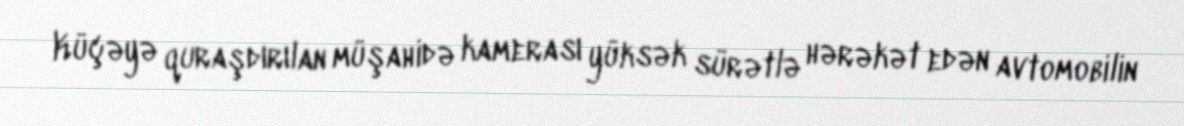
Küçəyə quraşdırılan müşahidə kamerası yüksək sürətlə hərəkət edən avtomobilin